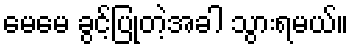
မေမေ ခွင့်ပြုတဲ့အခါ သွားရမယ်။